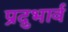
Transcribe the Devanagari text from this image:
प्रदुभार्व